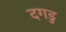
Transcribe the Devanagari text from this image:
दगडु